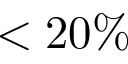
< 2 0 \%